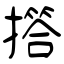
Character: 撘